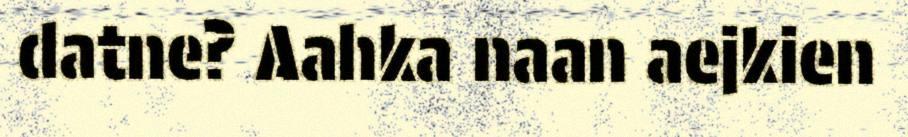
datne? Aahka naan aejkien